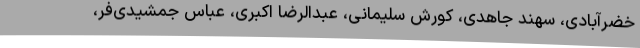
خضرآبادی، سهند جاهدی، کورش سلیمانی، عبدالرضا اکبری، عباس جمشیدی‌فر،